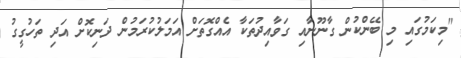
"މިކަމުގައި މި ބޭންކުން ގާނޫނާއި ގަވާއިދުތަކާ އެއްގޮތަށް އަމަލުކުރަމުން ދަނިކޮށް އަދި ތަހުގީގު